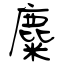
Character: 麋